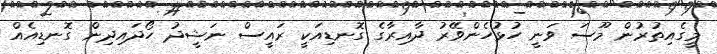
މީގެއިތުރުން މޫސަ ވަނީ ހުޅުހެންވޭރު ދާއިރާގެ ގޮނޑިއަކީ ރައީސް ނަޝީދު ހޯދައިދިން ގޮނޑިއެއް